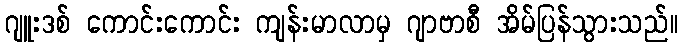
ဂျူးဒစ် ကောင်းကောင်း ကျန်းမာလာမှ ဂျာဗာစီ အိမ်ပြန်သွားသည်။